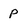
Character: P